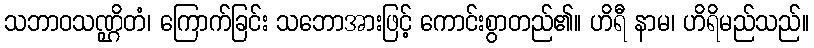
သဘာဝသဏ္ဌိတံ၊ ကြောက်ခြင်း သဘောအားဖြင့် ကောင်းစွာတည်၏။ ဟိရီ နာမ၊ ဟိရိမည်သည်။